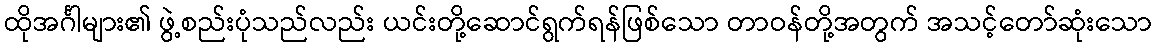
ထိုအင်္ဂါများ၏ ဖွဲ့စည်းပုံသည်လည်း ယင်းတို့ဆောင်ရွက်ရန်ဖြစ်သော တာဝန်တို့အတွက် အသင့်တော်ဆုံးသော